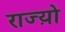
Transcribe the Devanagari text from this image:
राज्य़ो